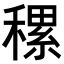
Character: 𥡜